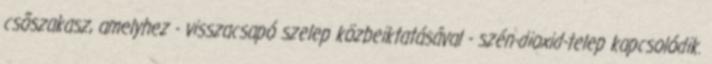
csõszakasz, amelyhez - visszacsapó szelep közbeiktatásával - szén-dioxid-telep kapcsolódik.